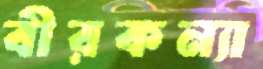
বীরকন্যা